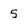
Character: 5